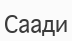
Саади